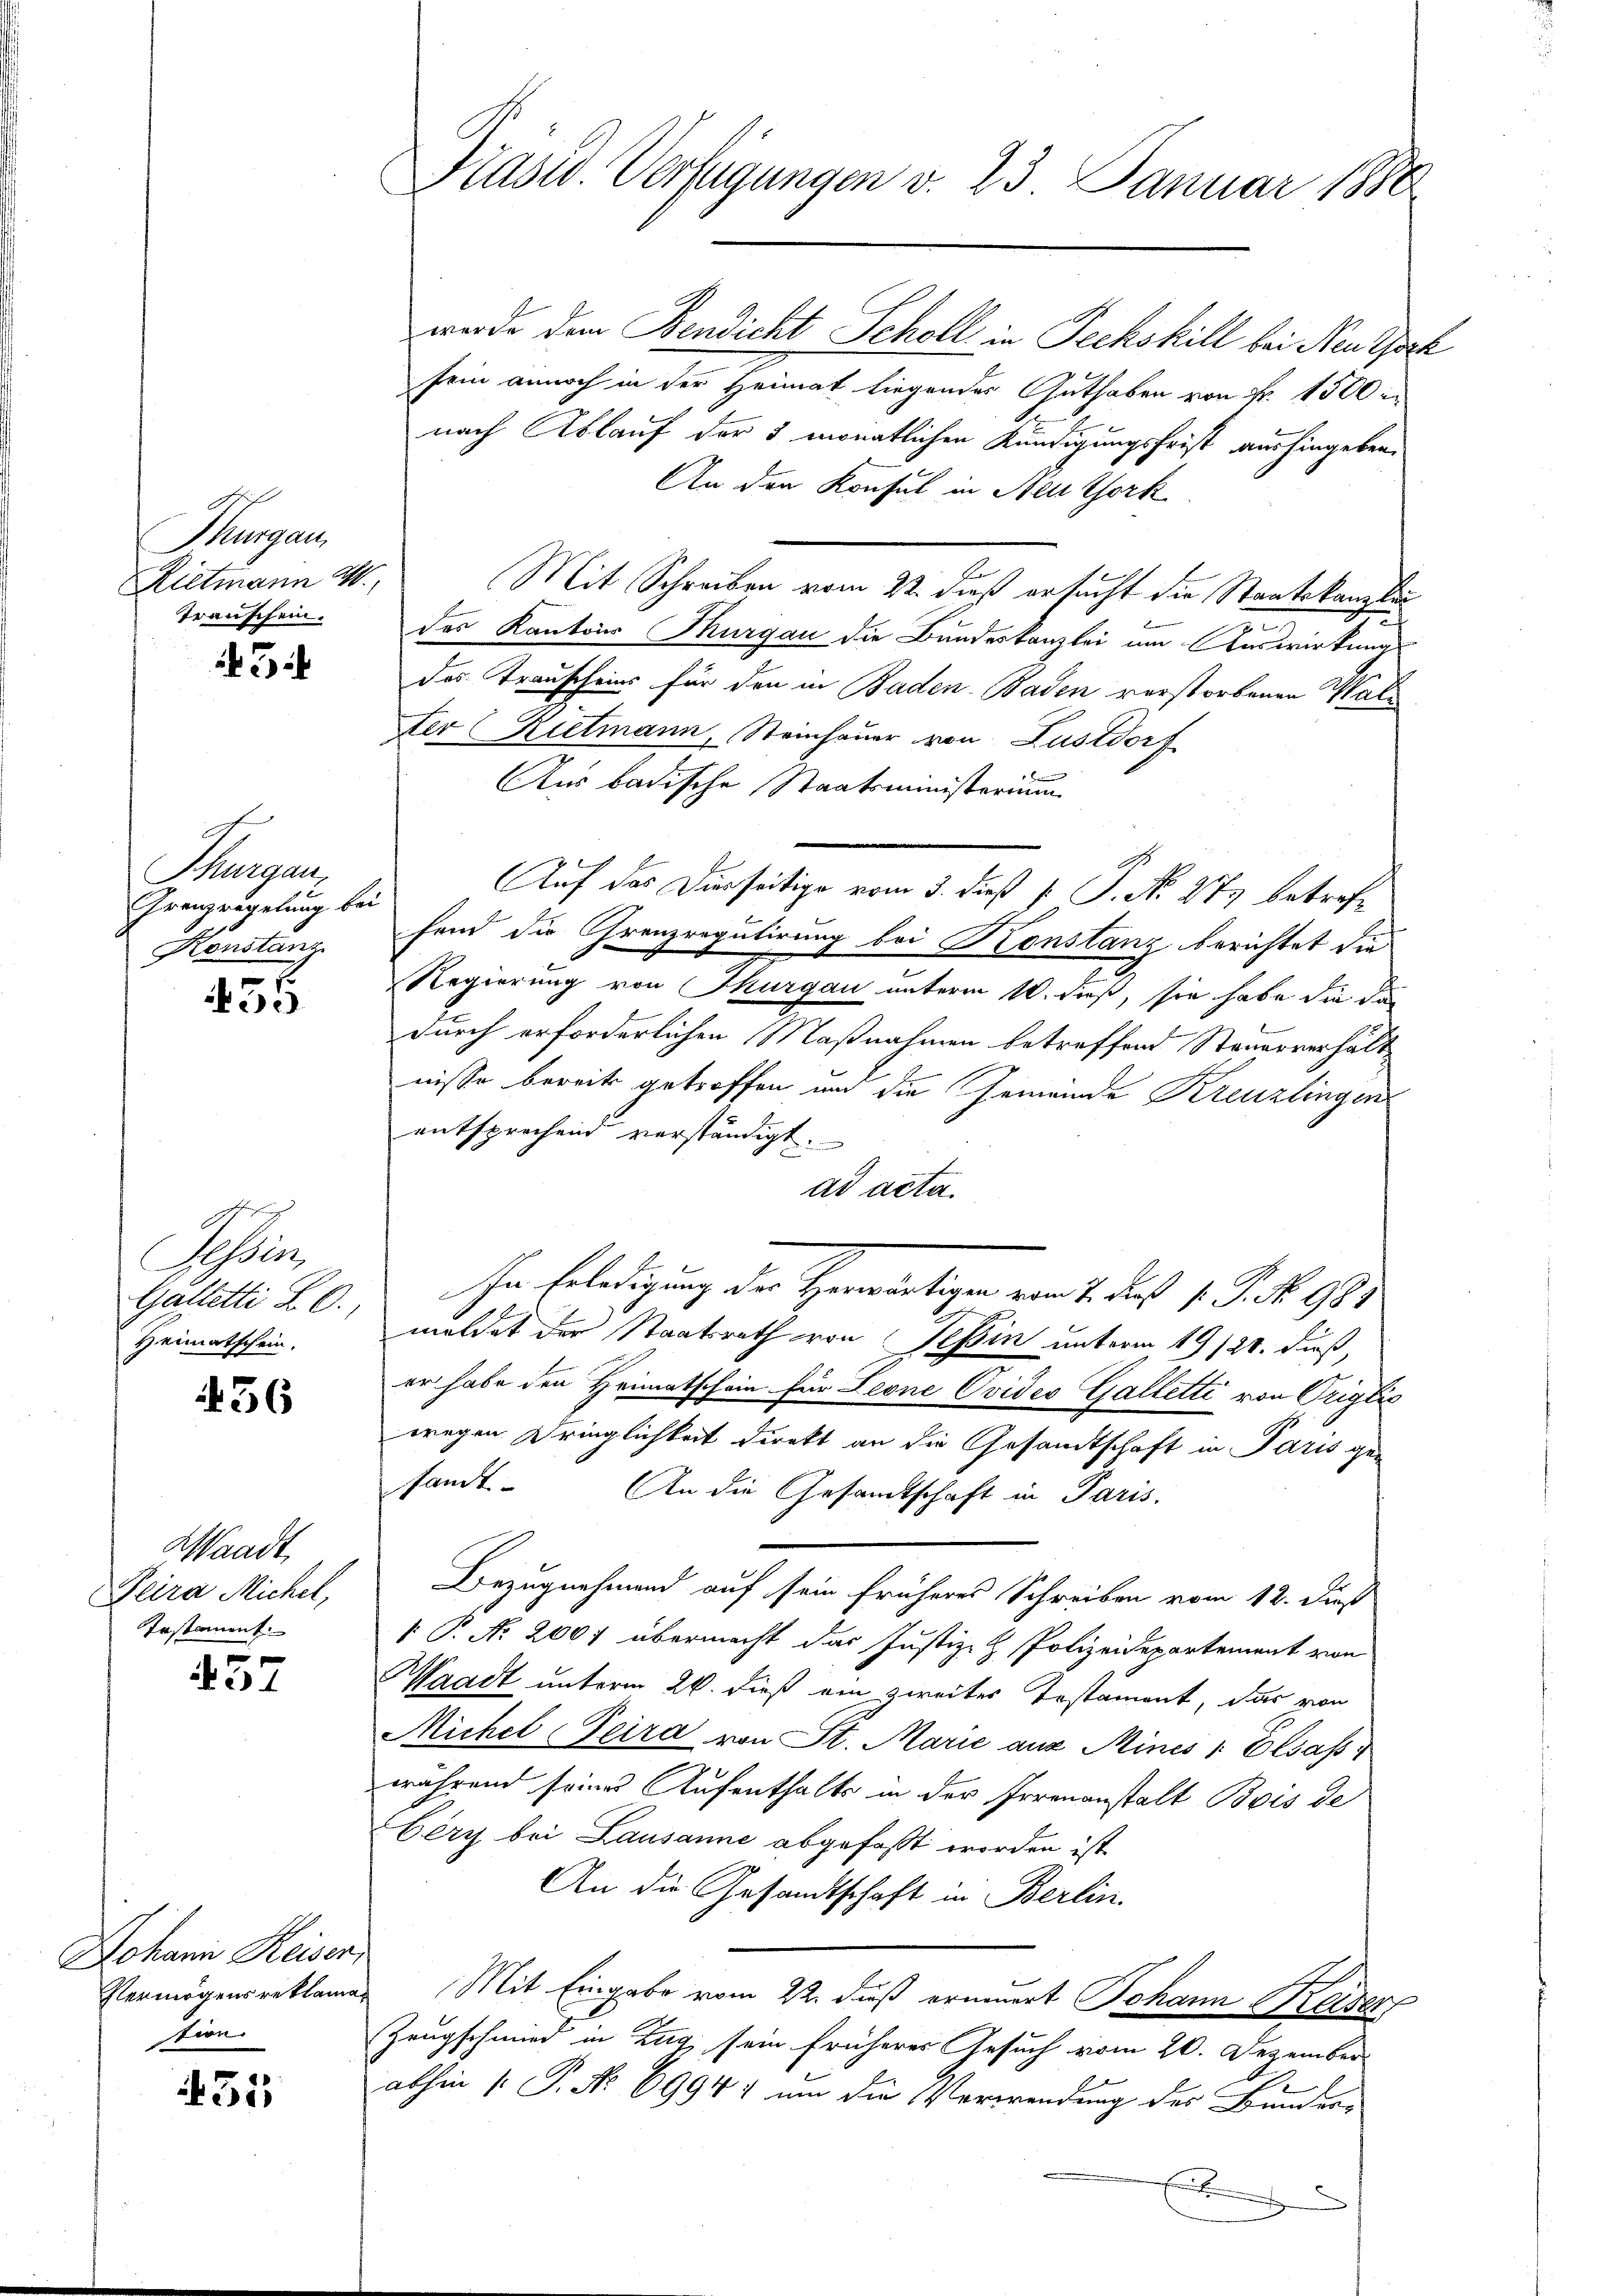
Thurgau,
Rietmann W
Transchein.

5

Thurgau,
Grenzregelung bei
Konstanz

35

Schrei
Galletti LO.
Heimatschein.

436

Waadt,
Teira Michel,
Irstament.

457

Johann Keisen
tion

451

Präsid. Verfügungen v. 23. Januar 1888

werde dem Bendicht Scholl in Peckskill bei Neuthoch
sein annoch in der Heimat liegendes Guthaben von Fr. 1500
nach Ablauf der 3 monatlichen Kündigungsfrist aushingeben.
An den Konsul in Neuthork
Mit Schreiben vom 22. dieß ersucht die Staatskanzlin
des Kantons Thurgau die Bundeskanzlei um Auswirkungs
das Trauscheins für den in Baden-Baden verstorbenen Walter Rietmann, Steinhauer von Lustdorf
x
Aus badische Staatsministerium
Auf das Dierseitige vom 3. dieß P. P. No. 273 betreffend die Grenzregulirung bei Konstanz berichtet die
Regierung von Thurgau unterm 10. dieß, sie habe die da
durch erforderlichen Maßnahmen betreffend Steuerverhält
nisse bereits getroffen und die Gemeinde Kreuzlingen
entsprechend verständigt.
ad acta.
In Erledigung der Herrentigen vom 2. des 1 S. 8. 955
meldet der Staatsrath von Tessin unterm 19/20. Fuß,
er habe den Heimatschein für Leone Ovideo Galletti von Origlić
wegen Dringlichkeit direkt an die Gesandtschaft in Paris ge-
sandt
An die Gesamtschaft in Paris.
Bezugnehmend auf sein früheres Schreiben vom 12. dieß
 P. Nr. 2007 übermacht das Justiz- & Polizeidepartement von
Waadt unterm 26. dieß ein zweiter Testament, das von
Michel Peira von St. Marie aus Mines " Elsass d
während seines Aufenthalts in der Irrenanstalt Bois de
Bery bei Lausanne abgefaßt worden ist
An die Gesandtschaft in Berlin.
Vermögensreklamas Mit Eingabe vom 22. Fuß erinnert Johann Kaser
Zeugschmied in Zug sein früherer Gesuch vom 20. Dezember
abhin (: P. No 6994; um die Verwendung des Bunder-
E